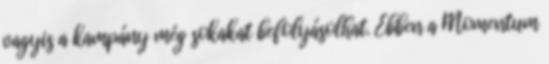
vagyis a kampány még sokakat befolyásolhat. Ebben a Momentum